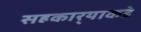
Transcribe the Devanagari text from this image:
सहकार्‍याकडे